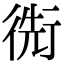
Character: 𢔬